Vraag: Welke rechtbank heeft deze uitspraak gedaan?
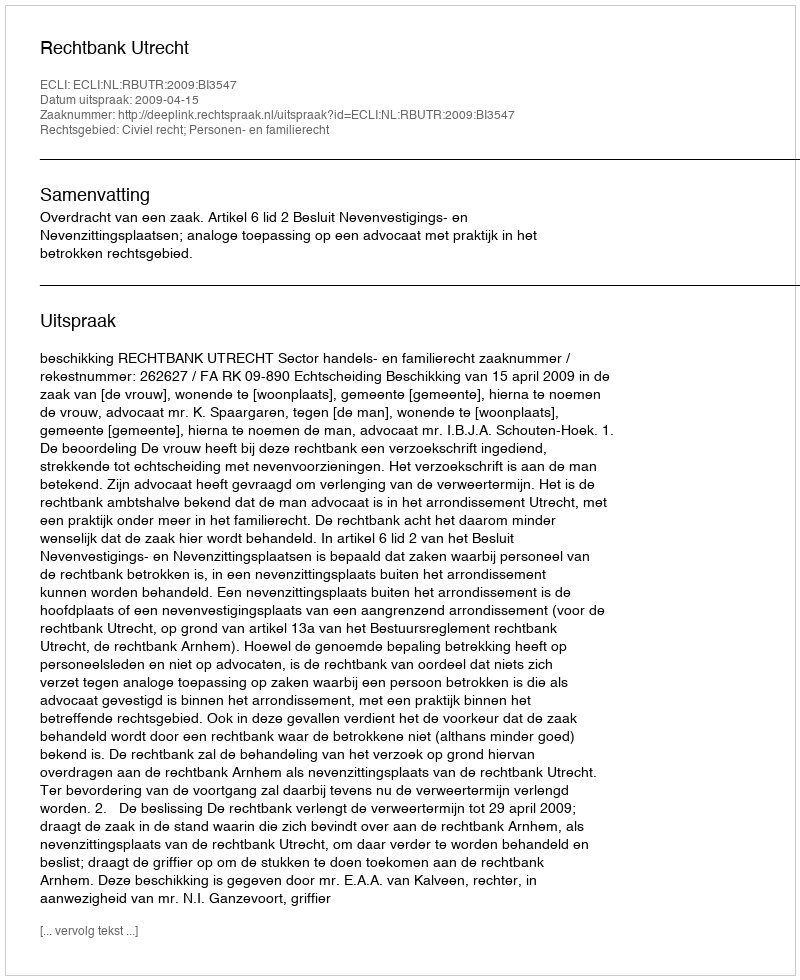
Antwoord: Rechtbank Utrecht